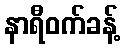
နာရီဝက်ခန့်